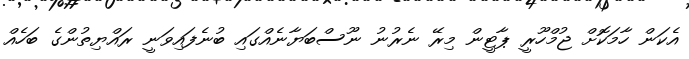
އެކަން ހާމަކޮށް ޖުމްހޫރީ ޕާޓީން މިރޭ ނެރުނު ނޫސްބަޔާނެއްގައި ބުނެފައިވަނީ ރައްޔިތުންގެ ބަހެއް